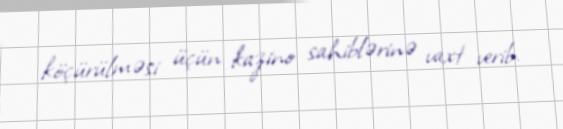
köçürülməsi üçün kazino sahiblərinə vaxt verib.